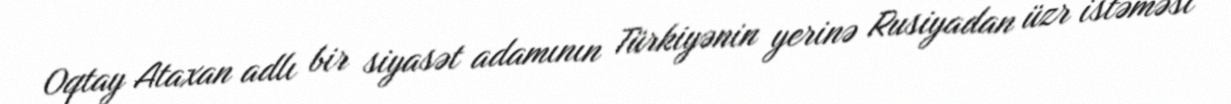
Oqtay Ataxan adlı bir siyasət adamının Türkiyənin yerinə Rusiyadan üzr istəməsi